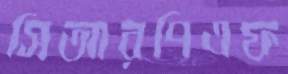
সিআরপিএফ